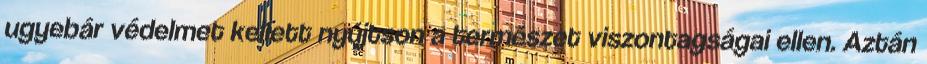
ugyebár védelmet kellett nyújtson a természet viszontagságai ellen. Aztán